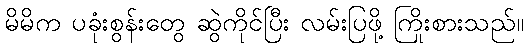
မိမိက ပခုံးစွန်းတွေ ဆွဲကိုင်ပြီး လမ်းပြဖို့ ကြိုးစားသည်။